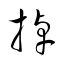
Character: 掉